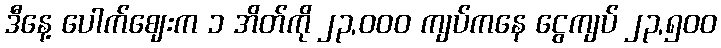
ဒီနေ့ ပေါက်ဈေးက ၁ အိတ်ကို ၂၃,၀၀၀ ကျပ်ကနေ ငွေကျပ် ၂၃,၅၀၀